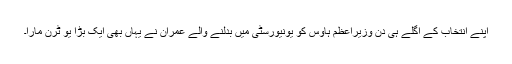
اپنے انتخاب کے اگلے ہی دن وزیراعظم ہاؤس کو یونیورسٹی میں بدلنے والے عمران نے یہاں بھی ایک بڑا یو ٹرن مارا۔